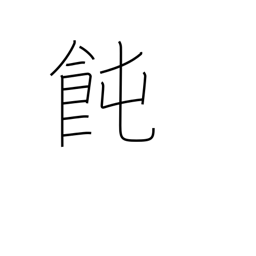
Meaning: Japanese noodles